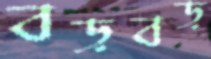
বড়বড়